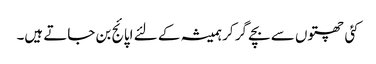
کئی چھتوں سے بچے گر کر ہمیشہ کے لئے اپائج بن جاتے ہیں۔